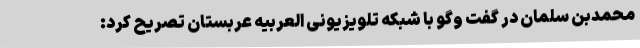
محمدبن سلمان در گفت وگو با شبکه تلویزیونی العربیه عربستان تصریح کرد: